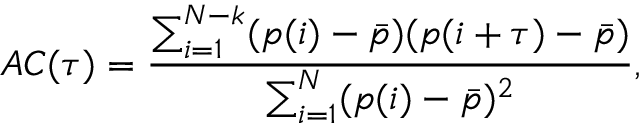
A C ( \tau ) = \frac { \sum _ { i = 1 } ^ { N - k } ( p ( i ) - \Bar { p } ) ( p ( i + \tau ) - \Bar { p } ) } { \sum _ { i = 1 } ^ { N } ( p ( i ) - \Bar { p } ) ^ { 2 } } ,